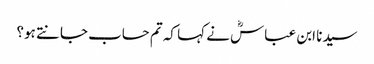
سیدنا ابن عباسؓ نے کہا کہ تم حساب جانتے ہو؟